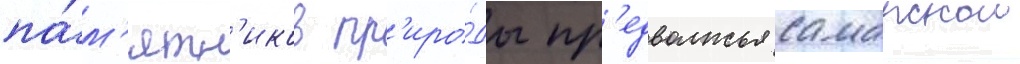
па́м'ятн'иков пр'иро́ды пр'едволжья самарскои